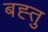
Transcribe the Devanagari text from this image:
बह्तु